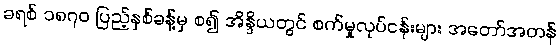
ခရစ် ၁၈၇၀ ပြည့်နှစ်ခန့်မှ စ၍ အိန္ဒိယတွင် စက်မှုလုပ်ငန်းများ အတော်အတန်